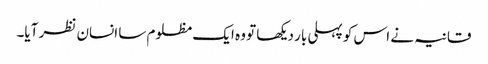
قانیہ نے اس کو پہلی بار دیکھا تو وہ ایک مظلوم سا انسان نظر آیا۔